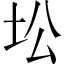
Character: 𱖍